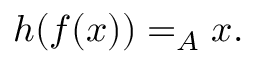
h ( f ( x ) ) = _ { A } x .